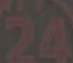
24